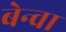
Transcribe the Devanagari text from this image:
बेन्वा